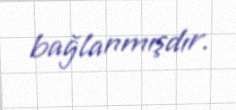
bağlanmışdır.